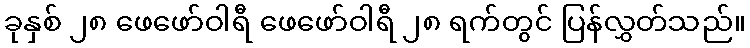
ခုနှစ် ၂၈ ဖေဖော်ဝါရီ ဖေဖော်ဝါရီ ၂၈ ရက်တွင် ပြန်လွှတ်သည်။